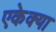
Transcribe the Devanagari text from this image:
एकेक्या